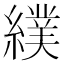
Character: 𦄾